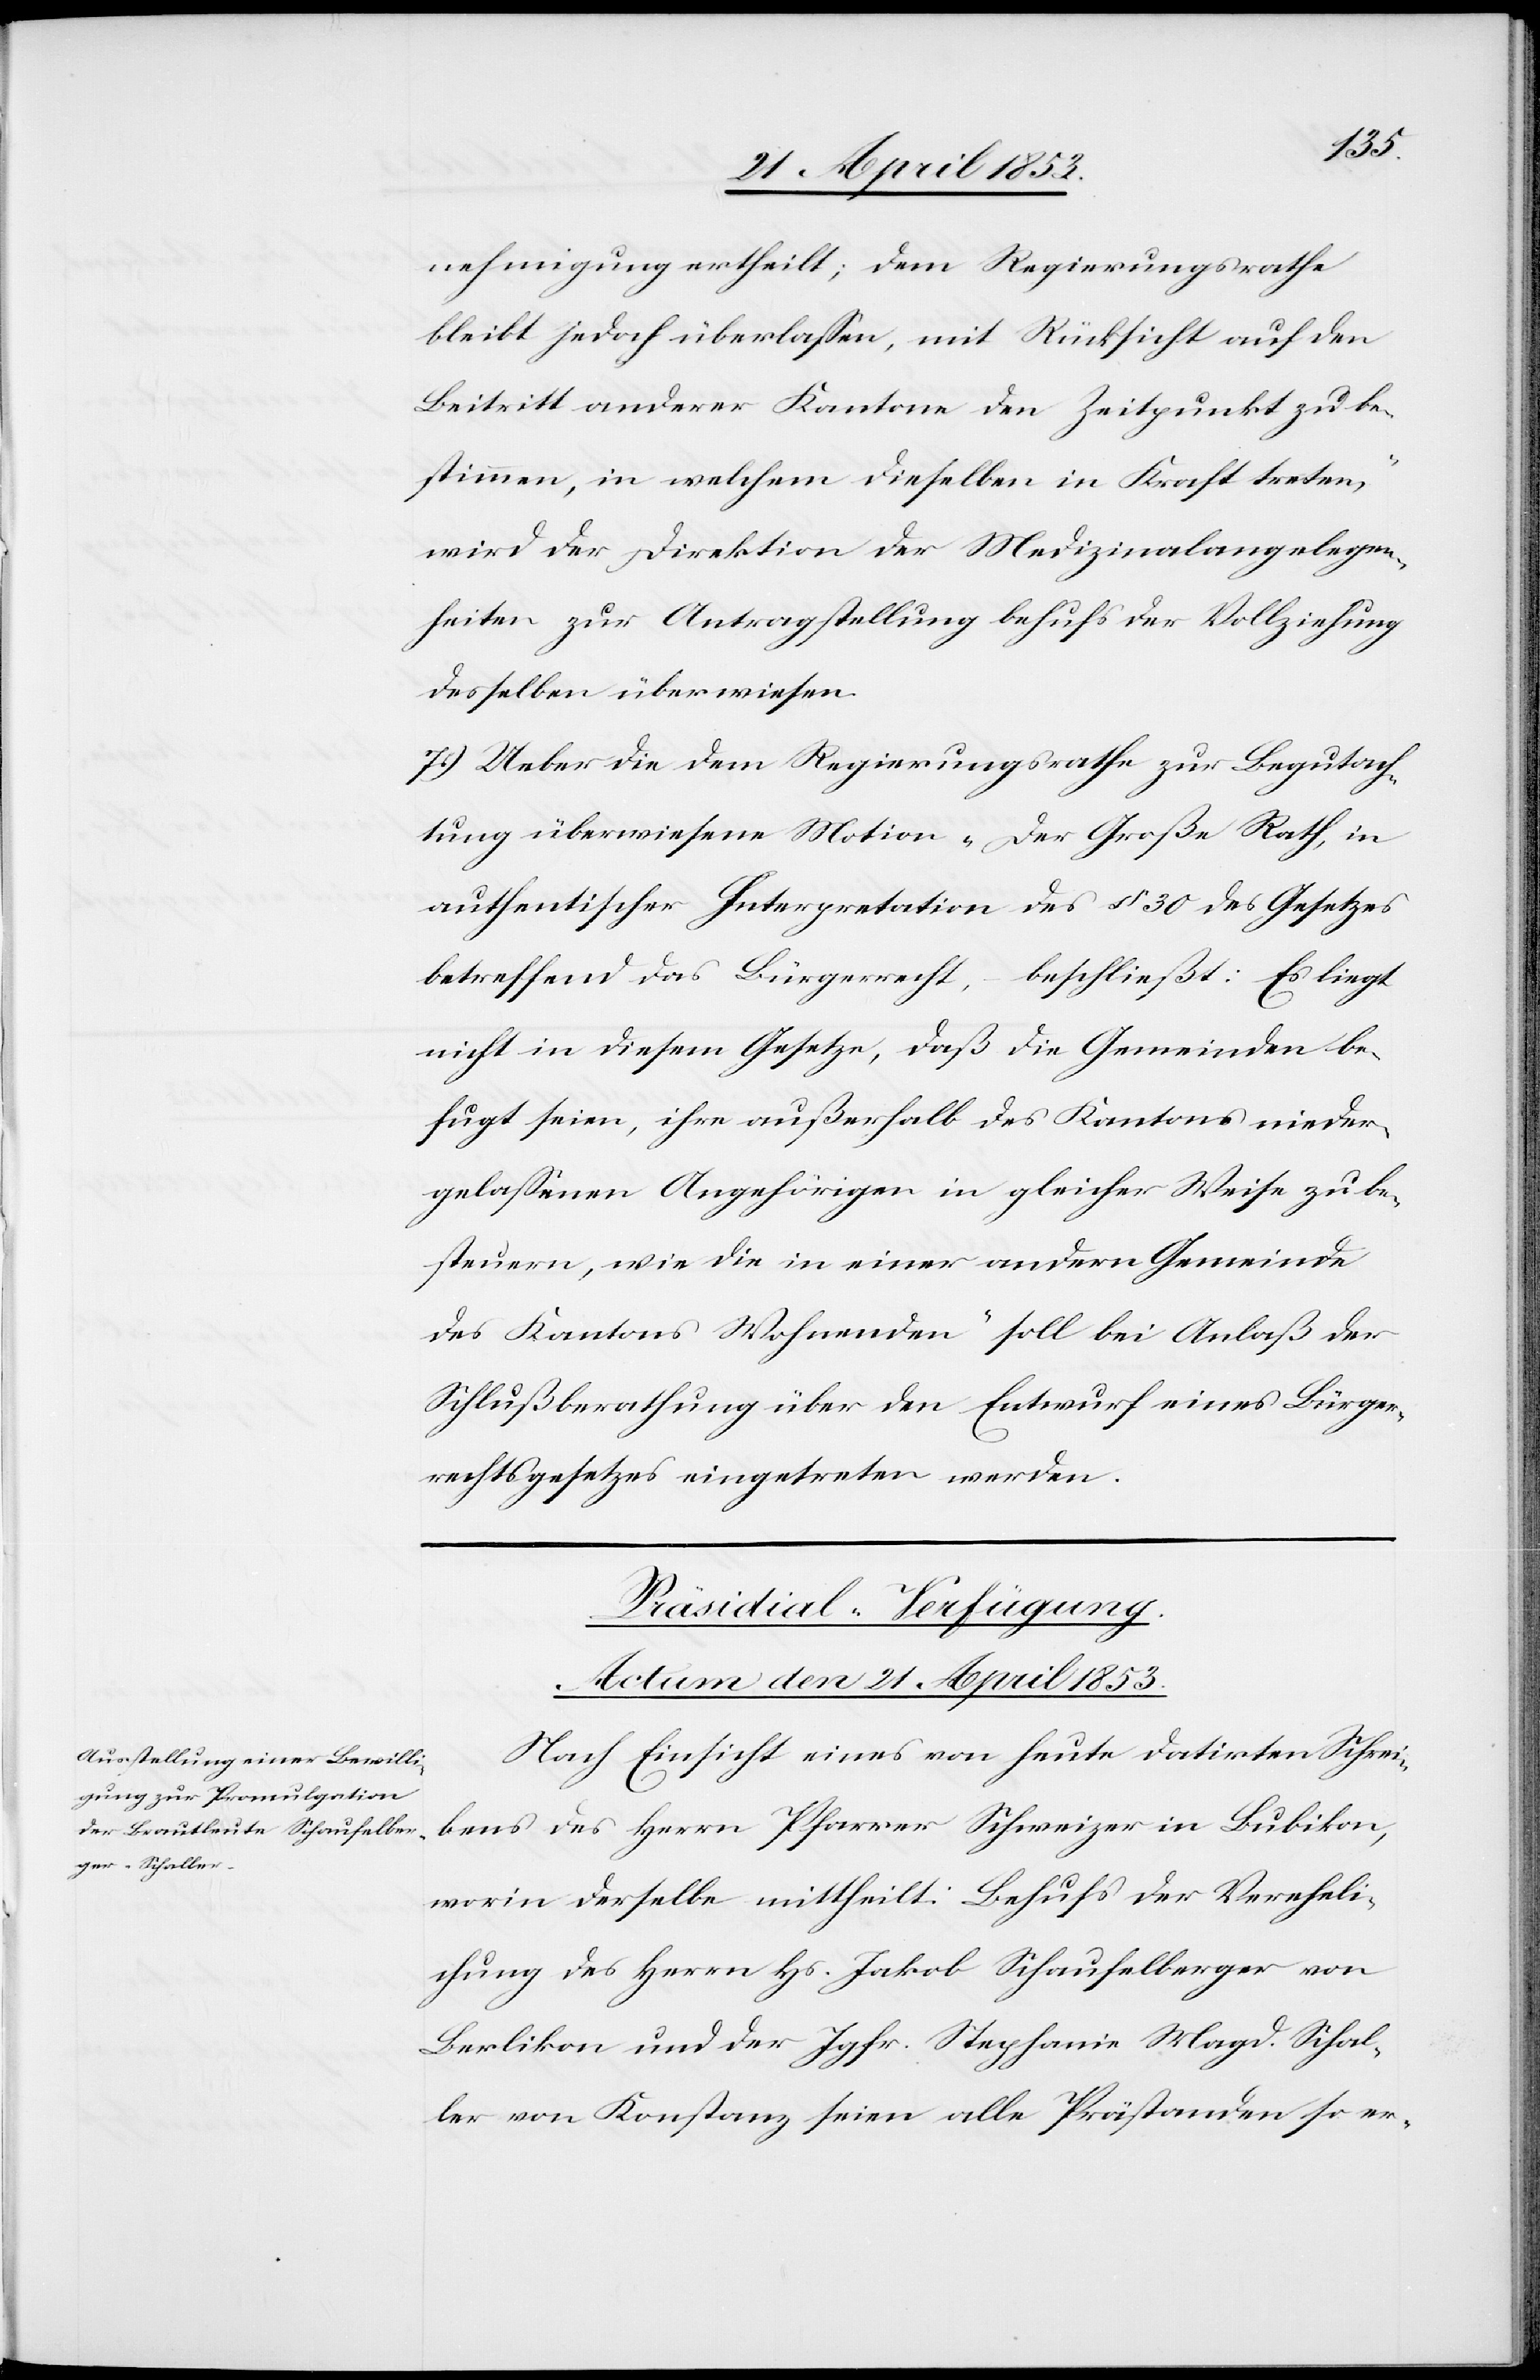
nehmigung ertheilt; dem Regierungsrathe
bleibt jedoch überlaßen, mit Rücksicht auf den
Beitritt anderer Kantone den Zeitpunkt zu be¬
stimmen, in welchem dieselben in Kraft treten,“
wird der Direktion der Medizinalangelegen¬
heiten zur Antragstellung behufs der Vollziehung
desselben überwiesen.
7.) Ueber die dem Regierungsrathe zur Begutach¬
tung überwiesene Motion „Der Große Rath, in
authentischer Interpretation des § 30 des Gesetzes
betreffend das Bürgerrecht, beschließt: Es liegt
nicht in diesem Gesetze, daß die Gemeinden be¬
fugt seien, ihre außerhalb des Kantons nieder¬
gelaßenen Angehörigen in gleicher Weise zu be¬
steuern, wie die in einer andern Gemeinde
des Kantons Wohnenden“ soll bei Anlaß der
Schlußberathung über den Entwurf eines Bürger¬
rechtsgesetzes eingetreten werden.
Präsidial-Verfügung.
Actum den 21. April 1853.
Nach Einsicht eines von heute datirten Schrei¬
bens des Herr Pfarrer Schweizer in Bubikon,
worin derselbe mittheilt: Behufs der Vereheli¬
chung des Herrn Hs. Jakob Schaufelberger von
Berlikon und der Jgfr. Stephanie Magd. Schal¬
ler von Konstanz seien alle Prästanden so er-